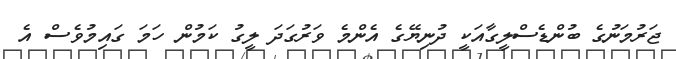
ޖަރުމަނުގެ ބުންޑެސްލީގާއަކީ ދުނިޔޭގެ އެންމެ ވަރުގަދަ ލީގު ކަމުން ހަމަ ގައިމުވެސް އެ